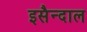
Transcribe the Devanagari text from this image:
इसैन्दाल